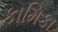
કામિકા